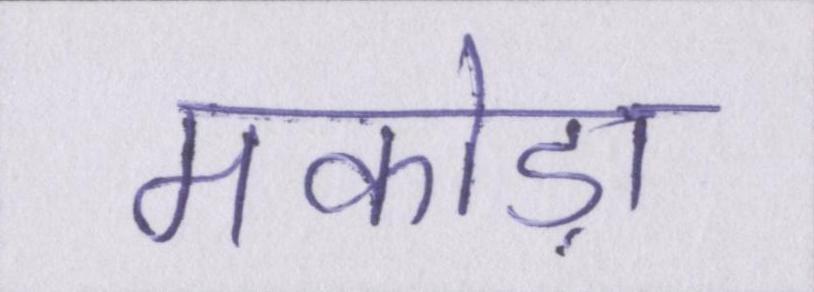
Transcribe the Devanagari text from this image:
मकोड़ा